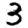
Digit: 3